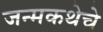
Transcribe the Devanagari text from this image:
जन्मकथेचे